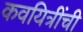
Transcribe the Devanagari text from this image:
कवयित्रींची